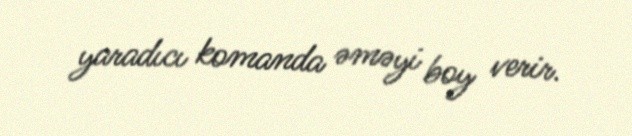
yaradıcı komanda əməyi boy verir.